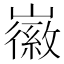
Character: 𡽪